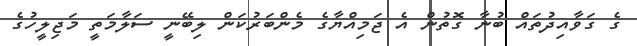
ގެ ގަވާއިދުތައް ބުނާ ގޮތުން އެ ޖަމިއްޔާގެ މެންބަރުކަން ލިބޭނީ ސަލާމަތީ މަޖިލީހުގެ